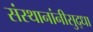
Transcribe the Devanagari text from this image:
संस्थानांनीसुद्धा